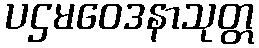
ပဌမဝေဒနာသုတ္တ